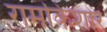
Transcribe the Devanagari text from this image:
रामकिशोर